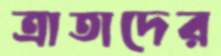
ত্রাতাদের